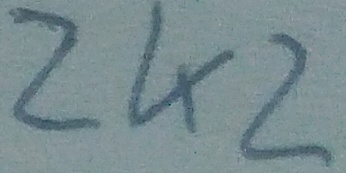
Text: 2K2